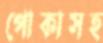
পোকাসহ